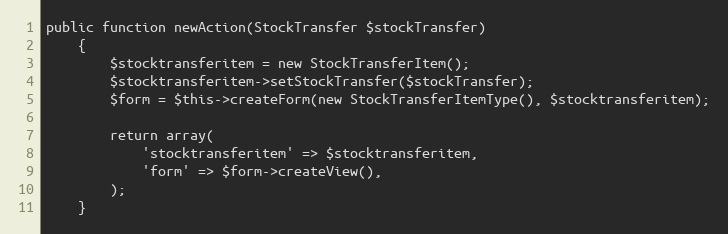
Language: PHP
public function newAction(StockTransfer $stockTransfer)
    {
        $stocktransferitem = new StockTransferItem();
        $stocktransferitem->setStockTransfer($stockTransfer);
        $form = $this->createForm(new StockTransferItemType(), $stocktransferitem);

        return array(
            'stocktransferitem' => $stocktransferitem,
            'form' => $form->createView(),
        );
    }